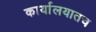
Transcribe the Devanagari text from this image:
कार्यालयातच